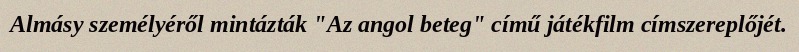
Almásy személyéről mintázták "Az angol beteg" című játékfilm címszereplőjét.